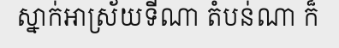
ស្នាក់អាស្រ័យទីណា តំបន់ណា ក៏